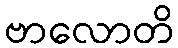
ဗာလောတိ